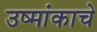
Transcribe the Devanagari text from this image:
उष्मांकाचे